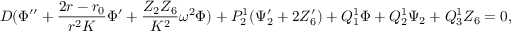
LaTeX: D ( \Phi ^ { \prime \prime } + { \frac { 2 r - r _ { 0 } } { r ^ { 2 } K } } \Phi ^ { \prime } + { \frac { Z _ { 2 } Z _ { 6 } } { K ^ { 2 } } } \omega ^ { 2 } \Phi ) + P _ { 2 } ^ { 1 } ( \Psi _ { 2 } ^ { \prime } + 2 { \cal Z } _ { 6 } ^ { \prime } ) + Q _ { 1 } ^ { 1 } \Phi + Q _ { 2 } ^ { 1 } \Psi _ { 2 } + Q _ { 3 } ^ { 1 } { \cal Z } _ { 6 } = 0 ,